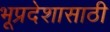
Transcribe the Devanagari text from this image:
भूप्रदेशासाठी